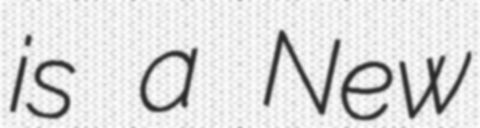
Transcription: is a New